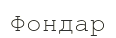
Фондар